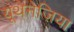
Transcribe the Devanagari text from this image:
यूथेनेज़िया